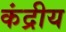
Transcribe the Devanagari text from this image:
कंद्रीय